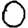
Digit: 0